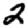
Digit: 2